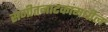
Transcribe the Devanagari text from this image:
संगीतनाटकांमधील